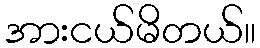
အားငယ်မိတယ်။